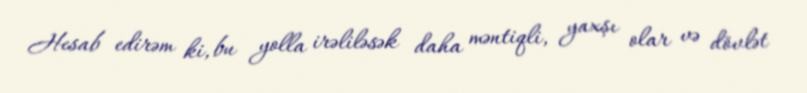
Hesab edirəm ki, bu yolla irəliləsək daha məntiqli, yaxşı olar və dövlət